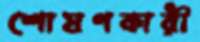
শোষণকারী